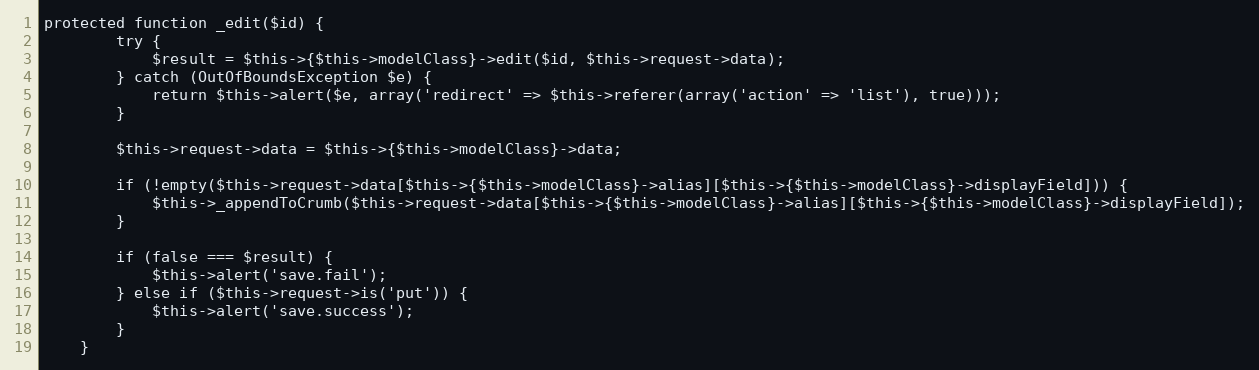
Language: PHP
protected function _edit($id) {
		try {
			$result = $this->{$this->modelClass}->edit($id, $this->request->data);
		} catch (OutOfBoundsException $e) {
			return $this->alert($e, array('redirect' => $this->referer(array('action' => 'list'), true)));
		}

		$this->request->data = $this->{$this->modelClass}->data;

		if (!empty($this->request->data[$this->{$this->modelClass}->alias][$this->{$this->modelClass}->displayField])) {
			$this->_appendToCrumb($this->request->data[$this->{$this->modelClass}->alias][$this->{$this->modelClass}->displayField]);
		}

		if (false === $result) {
			$this->alert('save.fail');
		} else if ($this->request->is('put')) {
			$this->alert('save.success');
		}
	}